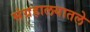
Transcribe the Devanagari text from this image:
संग्रहालयातले